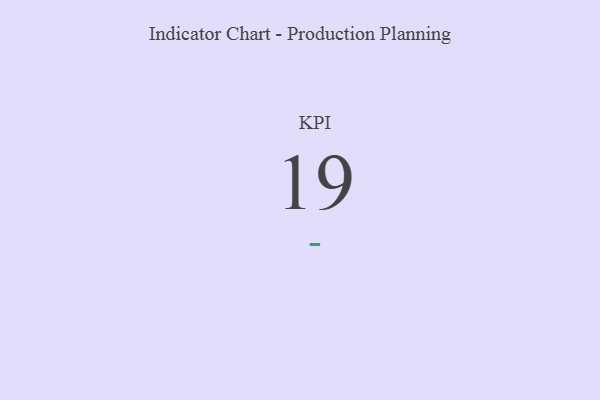
{"axis": {"x": "KPI", "y": "Value"}, "legend": [""], "data": [{"x": "KPI", "y": 19, "type": ""}]}